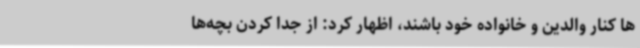
ها کنار والدین و خانواده خود باشند، اظهار کرد: از جدا کردن بچه‌ها